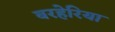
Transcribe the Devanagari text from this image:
बरहेरिया